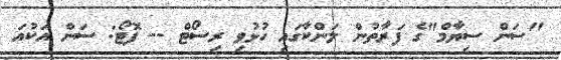
"ސަން ސިޔާމް"ގެ ފަރާތުން ލަންކާގައި ހުޅުވި ރިސޯޓް -- ފޮޓޯ: ސަން އަކުއަ